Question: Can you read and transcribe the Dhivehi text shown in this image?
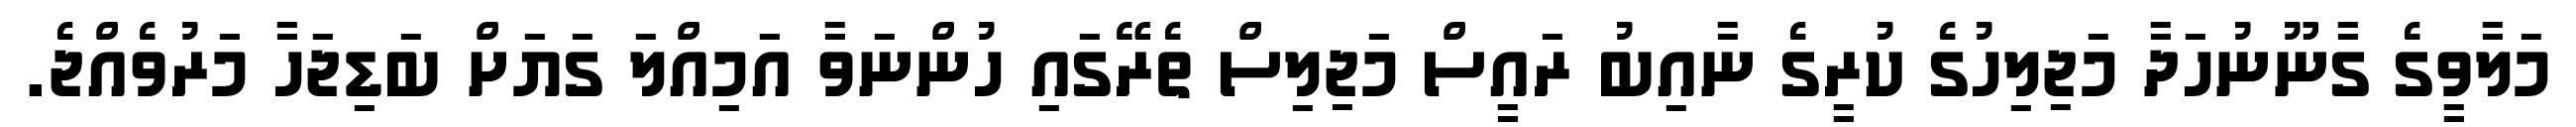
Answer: މަލާވީގެ ގާނޫނުހަދާ މަޖިލިހުގެ ކުރީގެ ނާއިބު ރައީސް މަޖިލިސް ތެރޭގައި ހުންނަވާ އަމިއްލަ ގަޔަށް ބަޑިޖަހާ މަރުވެއްޖެ.